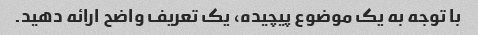
با توجه به یک موضوع پیچیده، یک تعریف واضح ارائه دهید.